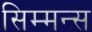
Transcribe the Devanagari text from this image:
सिम्मन्स